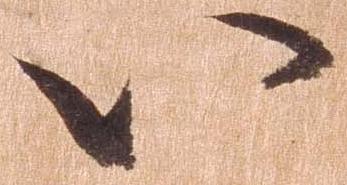
八